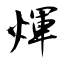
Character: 煇